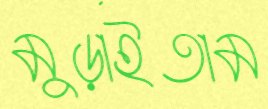
মুড়াইতাম